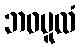
ဘဝမူလံ